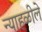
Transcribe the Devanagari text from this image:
न्याहळीले